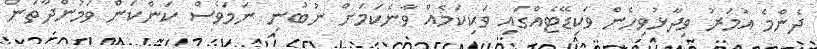
ދެންމެ އުމަރު ވިދާޅުވިހެން ވަކިޑޭޓެއްގައި ވަކިކަމެއް ވާނެކަމަށް ނުބުނި ނަމަވެސް ކަންކަން ވަމުންދާތަން